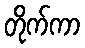
တိုက်ကာ